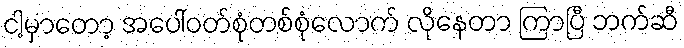
ငါ့မှာတော့ အပေါ်ဝတ်စုံတစ်စုံလောက် လိုနေတာ ကြာပြီ ဘက်ဆီ